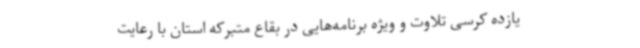
یازده کرسی تلاوت و ویژه‌ برنامه‌هایی در بقاع متبرکه استان با رعایت